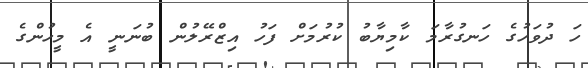
ހަ ދުވަހުގެ ހަނގުރާމަ ކާމިޔާބު ކުރުމަށް ފަހު އިޒްރޭލުން ބުނަނީ އެ މީހުންގެ